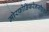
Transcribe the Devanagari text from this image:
मोरफोडिफरेनसीएशन